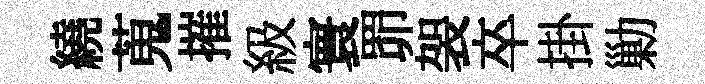
繞蒐摧級寰𦊑袈卒掛勦